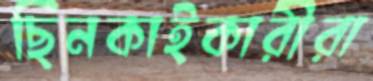
ছিনকাইকারীরা